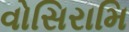
વોસિરામિ